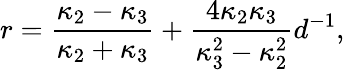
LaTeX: r={\frac{\kappa_{2}-\kappa_{3}}{\kappa_{2}+\kappa_{3}}}+{\frac{4\kappa_{2}\kappa_{3}}{\kappa_{3}^{2}-\kappa_{2}^{2}}}d^{-1},